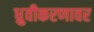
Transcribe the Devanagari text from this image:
ध्रुवीकरणावर